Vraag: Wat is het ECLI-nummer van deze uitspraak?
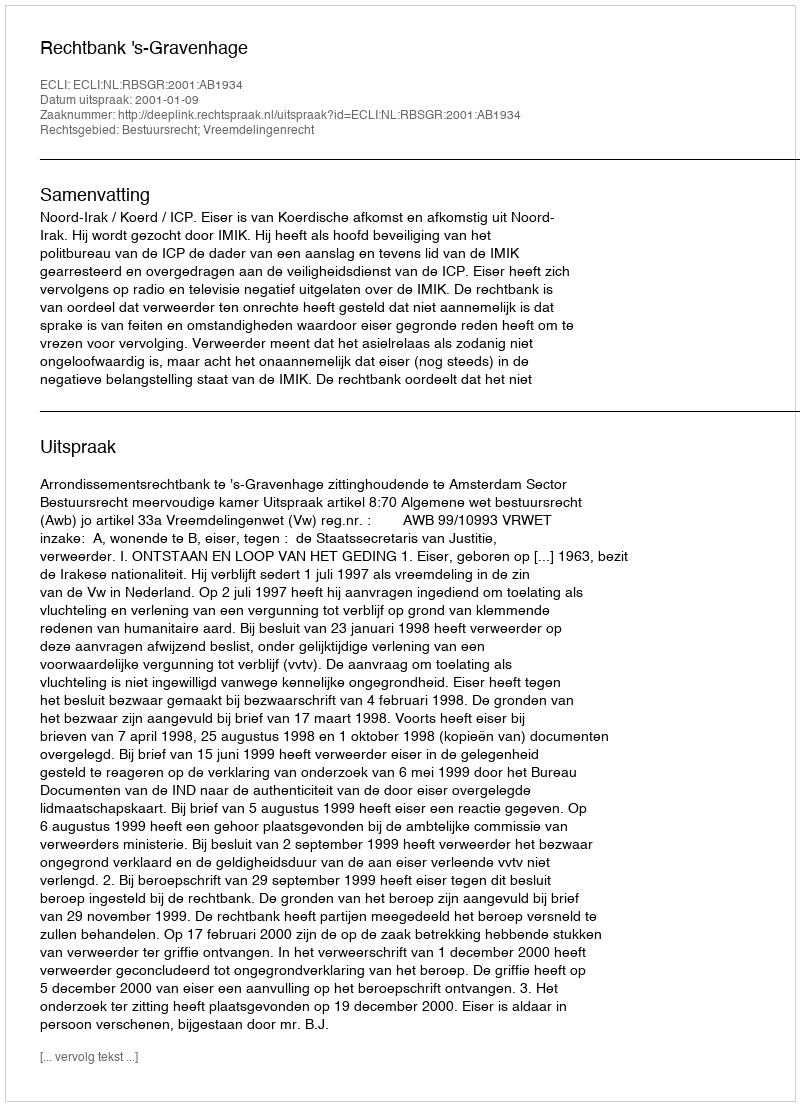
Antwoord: ECLI:NL:RBSGR:2001:AB1934